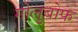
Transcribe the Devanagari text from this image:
गोलुबोफ